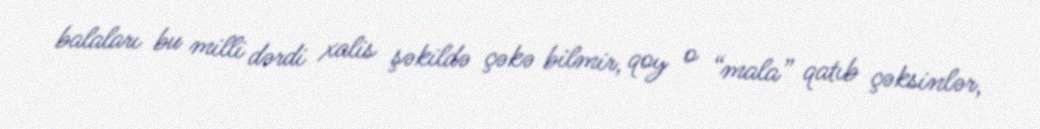
balaları bu milli dərdi xalis şəkildə çəkə bilmir, qoy o “mala” qatıb çəksinlər,